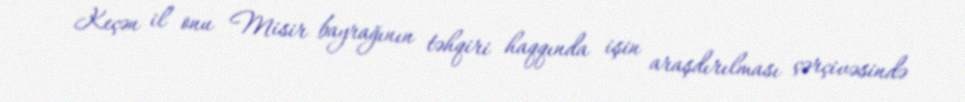
Keçən il onu Misir bayrağının təhqiri haqqında işin araşdırılması çərçivəsində